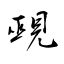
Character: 覡